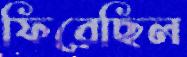
ফিরেছিল